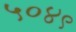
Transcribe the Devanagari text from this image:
५०४९